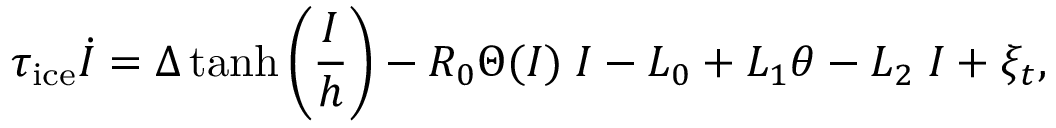
\tau _ { \mathrm { i c e } } \dot { I } = \Delta \operatorname { t a n h } \left( \frac { I } { h } \right) - R _ { 0 } \Theta ( I ) \; I - L _ { 0 } + L _ { 1 } \theta - L _ { 2 } \; I + \xi _ { t } ,